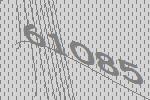
61085